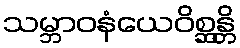
သမ္ဘာဝနံယေဝိစ္ဆန္တိ